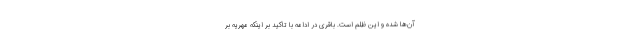
آن‌ها شده و این ظلم است. باقری در ادامه با تاکید بر اینکه مهریه بر